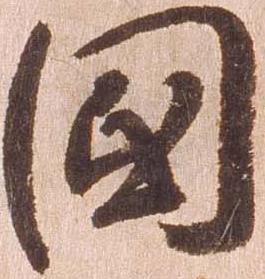
国